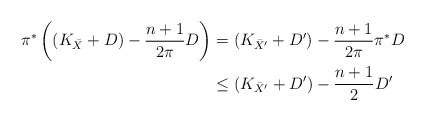
\begin{align*}\pi^*\left((K_{\bar X}+D)-\frac{n+1}{2\pi}D\right)&= (K_{\bar X'}+D')-\frac{n+1}{2\pi}\pi^*D\\&\leq (K_{\bar X'}+D')-\frac{n+1}{2}D' \end{align*}